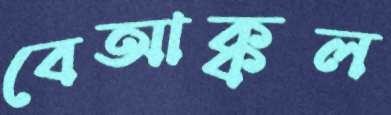
বেআক্কল